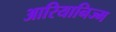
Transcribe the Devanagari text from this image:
आरियानिज्म